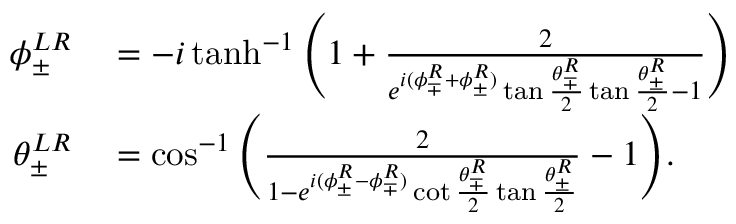
\begin{array} { r l } { \phi _ { \pm } ^ { L R } } & { { } = - i \operatorname { t a n h } ^ { - 1 } \Bigg ( 1 + \frac { 2 } { e ^ { i ( \phi _ { \mp } ^ { R } + \phi _ { \pm } ^ { R } ) } \tan { \frac { \theta _ { \mp } ^ { R } } { 2 } } \tan { \frac { \theta _ { \pm } ^ { R } } { 2 } } - 1 } \Bigg ) } \\ { \theta _ { \pm } ^ { L R } } & { { } = \cos ^ { - 1 } { \Bigg ( \frac { 2 } { 1 - e ^ { i ( \phi _ { \pm } ^ { R } - \phi _ { \mp } ^ { R } ) } \cot { \frac { \theta _ { \mp } ^ { R } } { 2 } } \tan { \frac { \theta _ { \pm } ^ { R } } { 2 } } } - 1 \Bigg ) } . } \end{array}